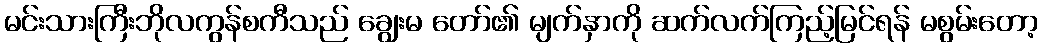
မင်းသားကြီးဘိုလကွန်စကီသည် ချွေးမ တော်၏ မျက်နှာကို ဆက်လက်ကြည့်မြင်ရန် မစွမ်းတော့